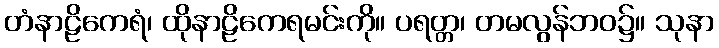
တံနာဠိကေရံ၊ ထိုနာဠိကေရမင်းကို။ ပရတ္တ၊ တမလွန်ဘဝ၌။ သုနာ